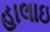
હાલાઇ